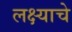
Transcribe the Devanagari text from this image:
लक्ष्याचे